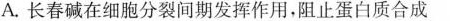
A.长春碱在细胞分裂间期发挥作用，阻止蛋白质合成